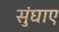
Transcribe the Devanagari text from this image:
सुंघाए